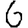
Digit: 6